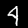
Label: 4